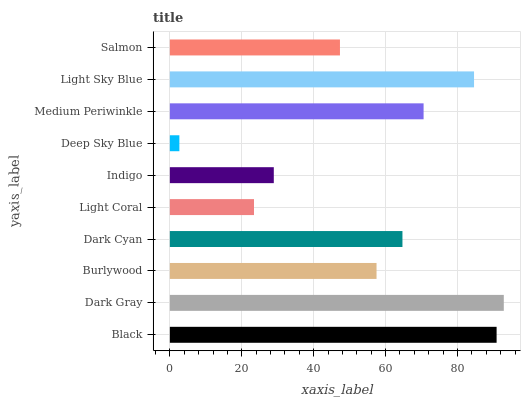
| yaxis_label | bars |
 | --- | --- |
 | Black | 90.9 |
 | Dark Gray | 92.9 |
 | Burlywood | 57.5 |
 | Dark Cyan | 64.7 |
 | Light Coral | 23.4 |
 | Indigo | 28.9 |
 | Deep Sky Blue | 2.65 |
 | Medium Periwinkle | 70.6 |
 | Light Sky Blue | 84.6 |
 | Salmon | 47.3 |